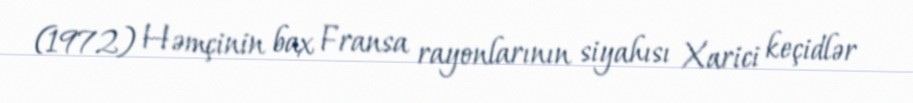
(1972) Həmçinin bax Fransa rayonlarının siyahısı Xarici keçidlər